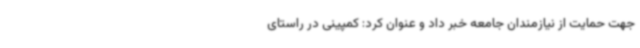
جهت حمایت از نیازمندان جامعه خبر داد و عنوان کرد: کمپینی در راستای